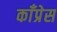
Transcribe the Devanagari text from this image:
काँप्रेस